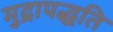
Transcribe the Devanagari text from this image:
मुद्रापद्धति